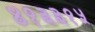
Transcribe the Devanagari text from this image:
४१३३१५